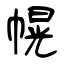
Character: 幌